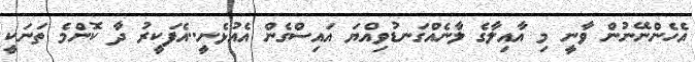
އެހެންނޭނުން ވާނީ މި އާއިލާގެ ލާނެއްގަނޑުވިއްޔަ އައިސްގެން އެއުޅެނީ..އެފަކީރު ދާ ކޮންމެ ތަނަކީ